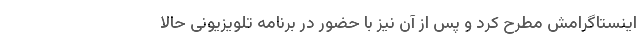
اینستاگرامش مطرح کرد و پس از آن نیز با حضور در برنامه تلویزیونی حالا